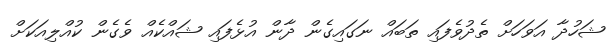
ޝަހުދާ އަވަހަށް ތެދުވެފައި ތަބައް ނަގައިގެން ދާން އުޅެފައި ޝައްކެއް ވެގެން ކުއްލިއަކަށް